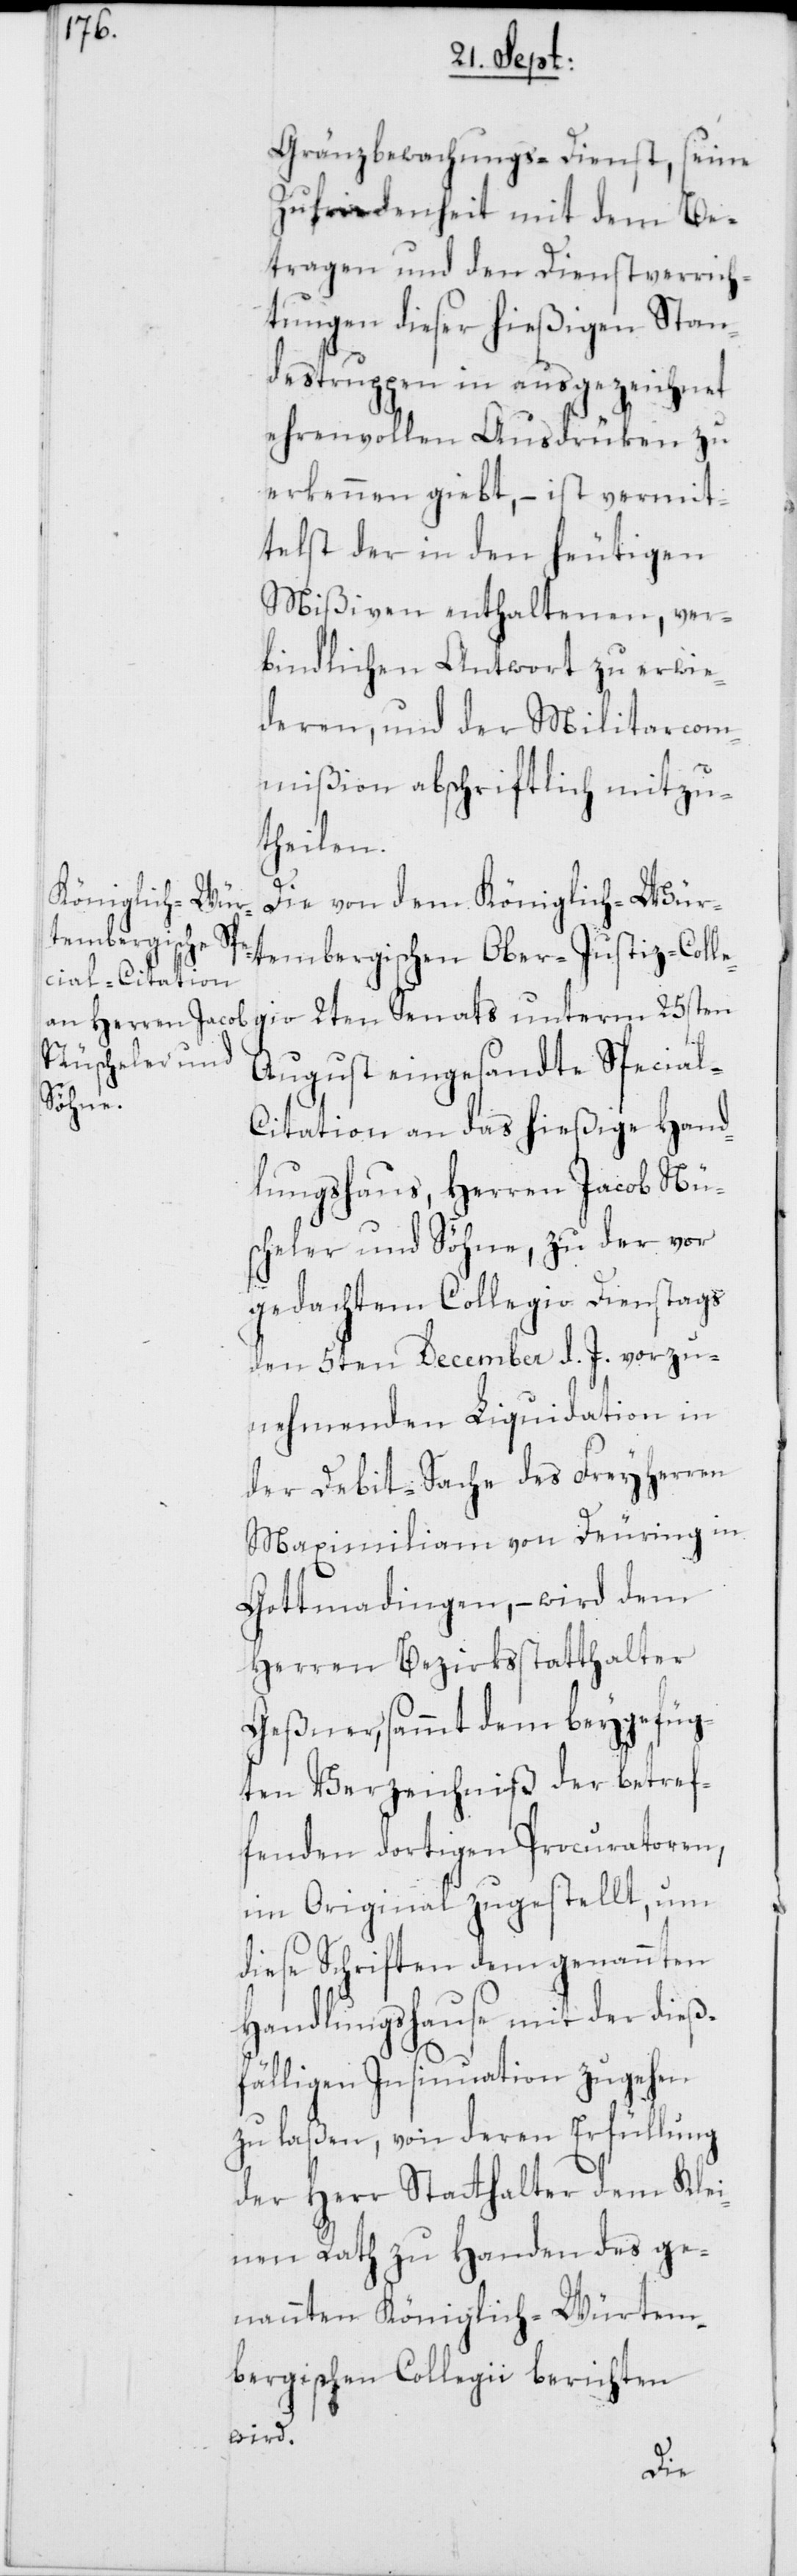
Gränzbewachungs-Dienst, seine
Zufriedenheit mit dem Be¬
tragen und den Dienstverrich¬
tungen dieser hießigen Stan¬
destruppen in ausgezeichnet
ehrenvollen Ausdrüken zu
erkennen giebt, – ist vermit¬
telst der in den heutigen
Mißiven enthaltenen, ver¬
bindlichen Antwort zu erwie¬
deren, und der Militarcom¬
mißion abschriftlich mitzu¬
theilen.
Die von dem Königlich-Wür¬
tembergischen Ober-Justiz-Colle¬
gio 2ten Senats unterm 25sten
August eingesandte Special-C¬
itation an das hießige Hand¬
lungshaus, Herren Jacob Nüs¬
cheler und Söhne, zu der vor
gedachtem Collegio Dienstags
den 5ten December d. J. vorzu¬
nehmenden Liquidation in
der Debit-Sache des Freyherren
Maximiliam [sic!] von Deuring in
Gottmadingen, – wird dem
Herren Bezirksstatthalter
Geßner, sammt dem beygefüg¬
ten Verzeichniß der betref¬
fenden dortigen Procuratoren,
im Original zugestellt, um
diese Schriften dem genannten
Handlungshause mit der dieß¬
fälligen Insinuation zugehen
zu laßen, von deren Erfüllung
der Herr Statthalter dem Klei¬
nen Rath zu Handen des ge¬
nannten Königlich-Würtem¬
bergischen Collegii berichten
wird.